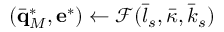
( \bar { \mathbf q } _ { M } ^ { * } , \mathbf e ^ { * } ) \gets \mathcal { F } ( \bar { l } _ { s } , \bar { \kappa } , \bar { k } _ { s } )